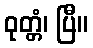
ဝုတ္တံ၊ ပြီ။